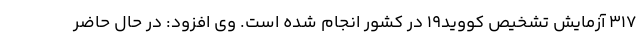
۳۱۷ آزمایش تشخیص کووید۱۹ در کشور انجام شده است. وی افزود: در حال حاضر